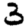
Digit: 3